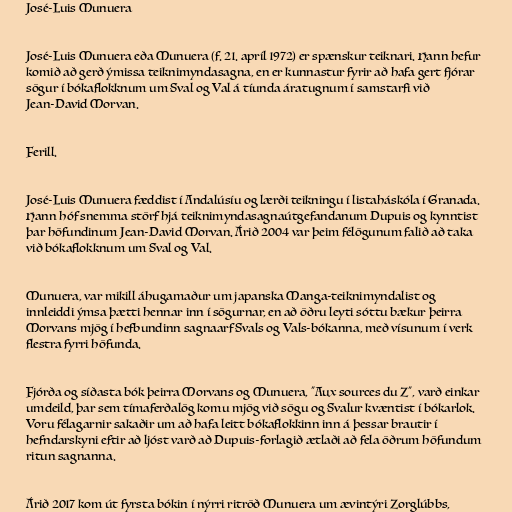
José-Luis Munuera

José-Luis Munuera eða Munuera (f. 21. apríl 1972) er spænskur teiknari. Hann hefur
komið að gerð ýmissa teiknimyndasagna, en er kunnastur fyrir að hafa gert fjórar
sögur í bókaflokknum um Sval og Val á tíunda áratugnum í samstarfi við
Jean-David Morvan.

Ferill.

José-Luis Munuera fæddist í Andalúsíu og lærði teikningu í listaháskóla í Granada.
Hann hóf snemma störf hjá teiknimyndasagnaútgefandanum Dupuis og kynntist
þar höfundinum Jean-David Morvan. Árið 2004 var þeim félögunum falið að taka
við bókaflokknum um Sval og Val.

Munuera, var mikill áhugamaður um japanska Manga-teiknimyndalist og
innleiddi ýmsa þætti hennar inn í sögurnar, en að öðru leyti sóttu bækur þeirra
Morvans mjög í hefbundinn sagnaarf Svals og Vals-bókanna, með vísunum í verk
flestra fyrri höfunda.

Fjórða og síðasta bók þeirra Morvans og Munuera, "Aux sources du Z", varð einkar
umdeild, þar sem tímaferðalög komu mjög við sögu og Svalur kvæntist í bókarlok.
Voru félagarnir sakaðir um að hafa leitt bókaflokkinn inn á þessar brautir í
hefndarskyni eftir að ljóst varð að Dupuis-forlagið ætlaði að fela öðrum höfundum
ritun sagnanna.

Árið 2017 kom út fyrsta bókin í nýrri ritröð Munuera um ævintýri Zorglúbbs,